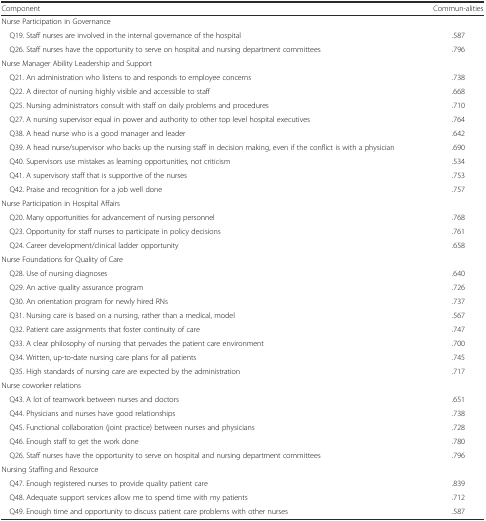
<table><thead><tr><td><b>Component</b></td><td><b>Commun-alities</b></td></tr></thead><tbody><tr><td colspan="2">Nurse Participation in Governance</td></tr><tr><td> Q19. Staff nurses are involved in the internal governance of the hospital</td><td>.587</td></tr><tr><td> Q26. Staff nurses have the opportunity to serve on hospital and nursing department committees</td><td>.796</td></tr><tr><td colspan="2">Nurse Manager Ability Leadership and Support</td></tr><tr><td> Q21. An administration who listens to and responds to employee concerns</td><td>.738</td></tr><tr><td> Q22. A director of nursing highly visible and accessible to staff</td><td>.668</td></tr><tr><td> Q25. Nursing administrators consult with staff on daily problems and procedures</td><td>.710</td></tr><tr><td> Q27. A nursing supervisor equal in power and authority to other top level hospital executives</td><td>.764</td></tr><tr><td> Q38. A head nurse who is a good manager and leader</td><td>.642</td></tr><tr><td> Q39. A head nurse/supervisor who backs up the nursing staff in decision making, even if the conflict is with a physician</td><td>.690</td></tr><tr><td> Q40. Supervisors use mistakes as learning opportunities, not criticism</td><td>.534</td></tr><tr><td> Q41. A supervisory staff that is supportive of the nurses</td><td>.753</td></tr><tr><td> Q42. Praise and recognition for a job well done</td><td>.757</td></tr><tr><td colspan="2">Nurse Participation in Hospital Affairs</td></tr><tr><td> Q20. Many opportunities for advancement of nursing personnel</td><td>.768</td></tr><tr><td> Q23. Opportunity for staff nurses to participate in policy decisions</td><td>.761</td></tr><tr><td> Q24. Career development/clinical ladder opportunity</td><td>.658</td></tr><tr><td colspan="2">Nurse Foundations for Quality of Care</td></tr><tr><td> Q28. Use of nursing diagnoses</td><td>.640</td></tr><tr><td> Q29. An active quality assurance program</td><td>.726</td></tr><tr><td> Q30. An orientation program for newly hired RNs</td><td>.737</td></tr><tr><td> Q31. Nursing care is based on a nursing, rather than a medical, model</td><td>.567</td></tr><tr><td> Q32. Patient care assignments that foster continuity of care</td><td>.747</td></tr><tr><td> Q33. A clear philosophy of nursing that pervades the patient care environment</td><td>.700</td></tr><tr><td> Q34. Written, up-to-date nursing care plans for all patients</td><td>.745</td></tr><tr><td> Q35. High standards of nursing care are expected by the administration</td><td>.717</td></tr><tr><td colspan="2">Nurse coworker relations</td></tr><tr><td> Q43. A lot of teamwork between nurses and doctors</td><td>.651</td></tr><tr><td> Q44. Physicians and nurses have good relationships</td><td>.738</td></tr><tr><td> Q45. Functional collaboration (joint practice) between nurses and physicians</td><td>.728</td></tr><tr><td> Q46. Enough staff to get the work done</td><td>.780</td></tr><tr><td> Q26. Staff nurses have the opportunity to serve on hospital and nursing department committees</td><td>.796</td></tr><tr><td colspan="2">Nursing Staffing and Resource</td></tr><tr><td> Q47. Enough registered nurses to provide quality patient care</td><td>.839</td></tr><tr><td> Q48. Adequate support services allow me to spend time with my patients</td><td>.712</td></tr><tr><td> Q49. Enough time and opportunity to discuss patient care problems with other nurses</td><td>.587</td></tr></tbody></table>